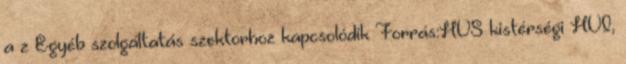
a z Egyéb szolgáltatás szektorhoz kapcsolódik Forrás:HVS kistérségi HVI,